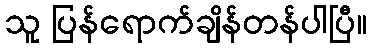
သူ ပြန်ရောက်ချိန်တန်ပါပြီ။